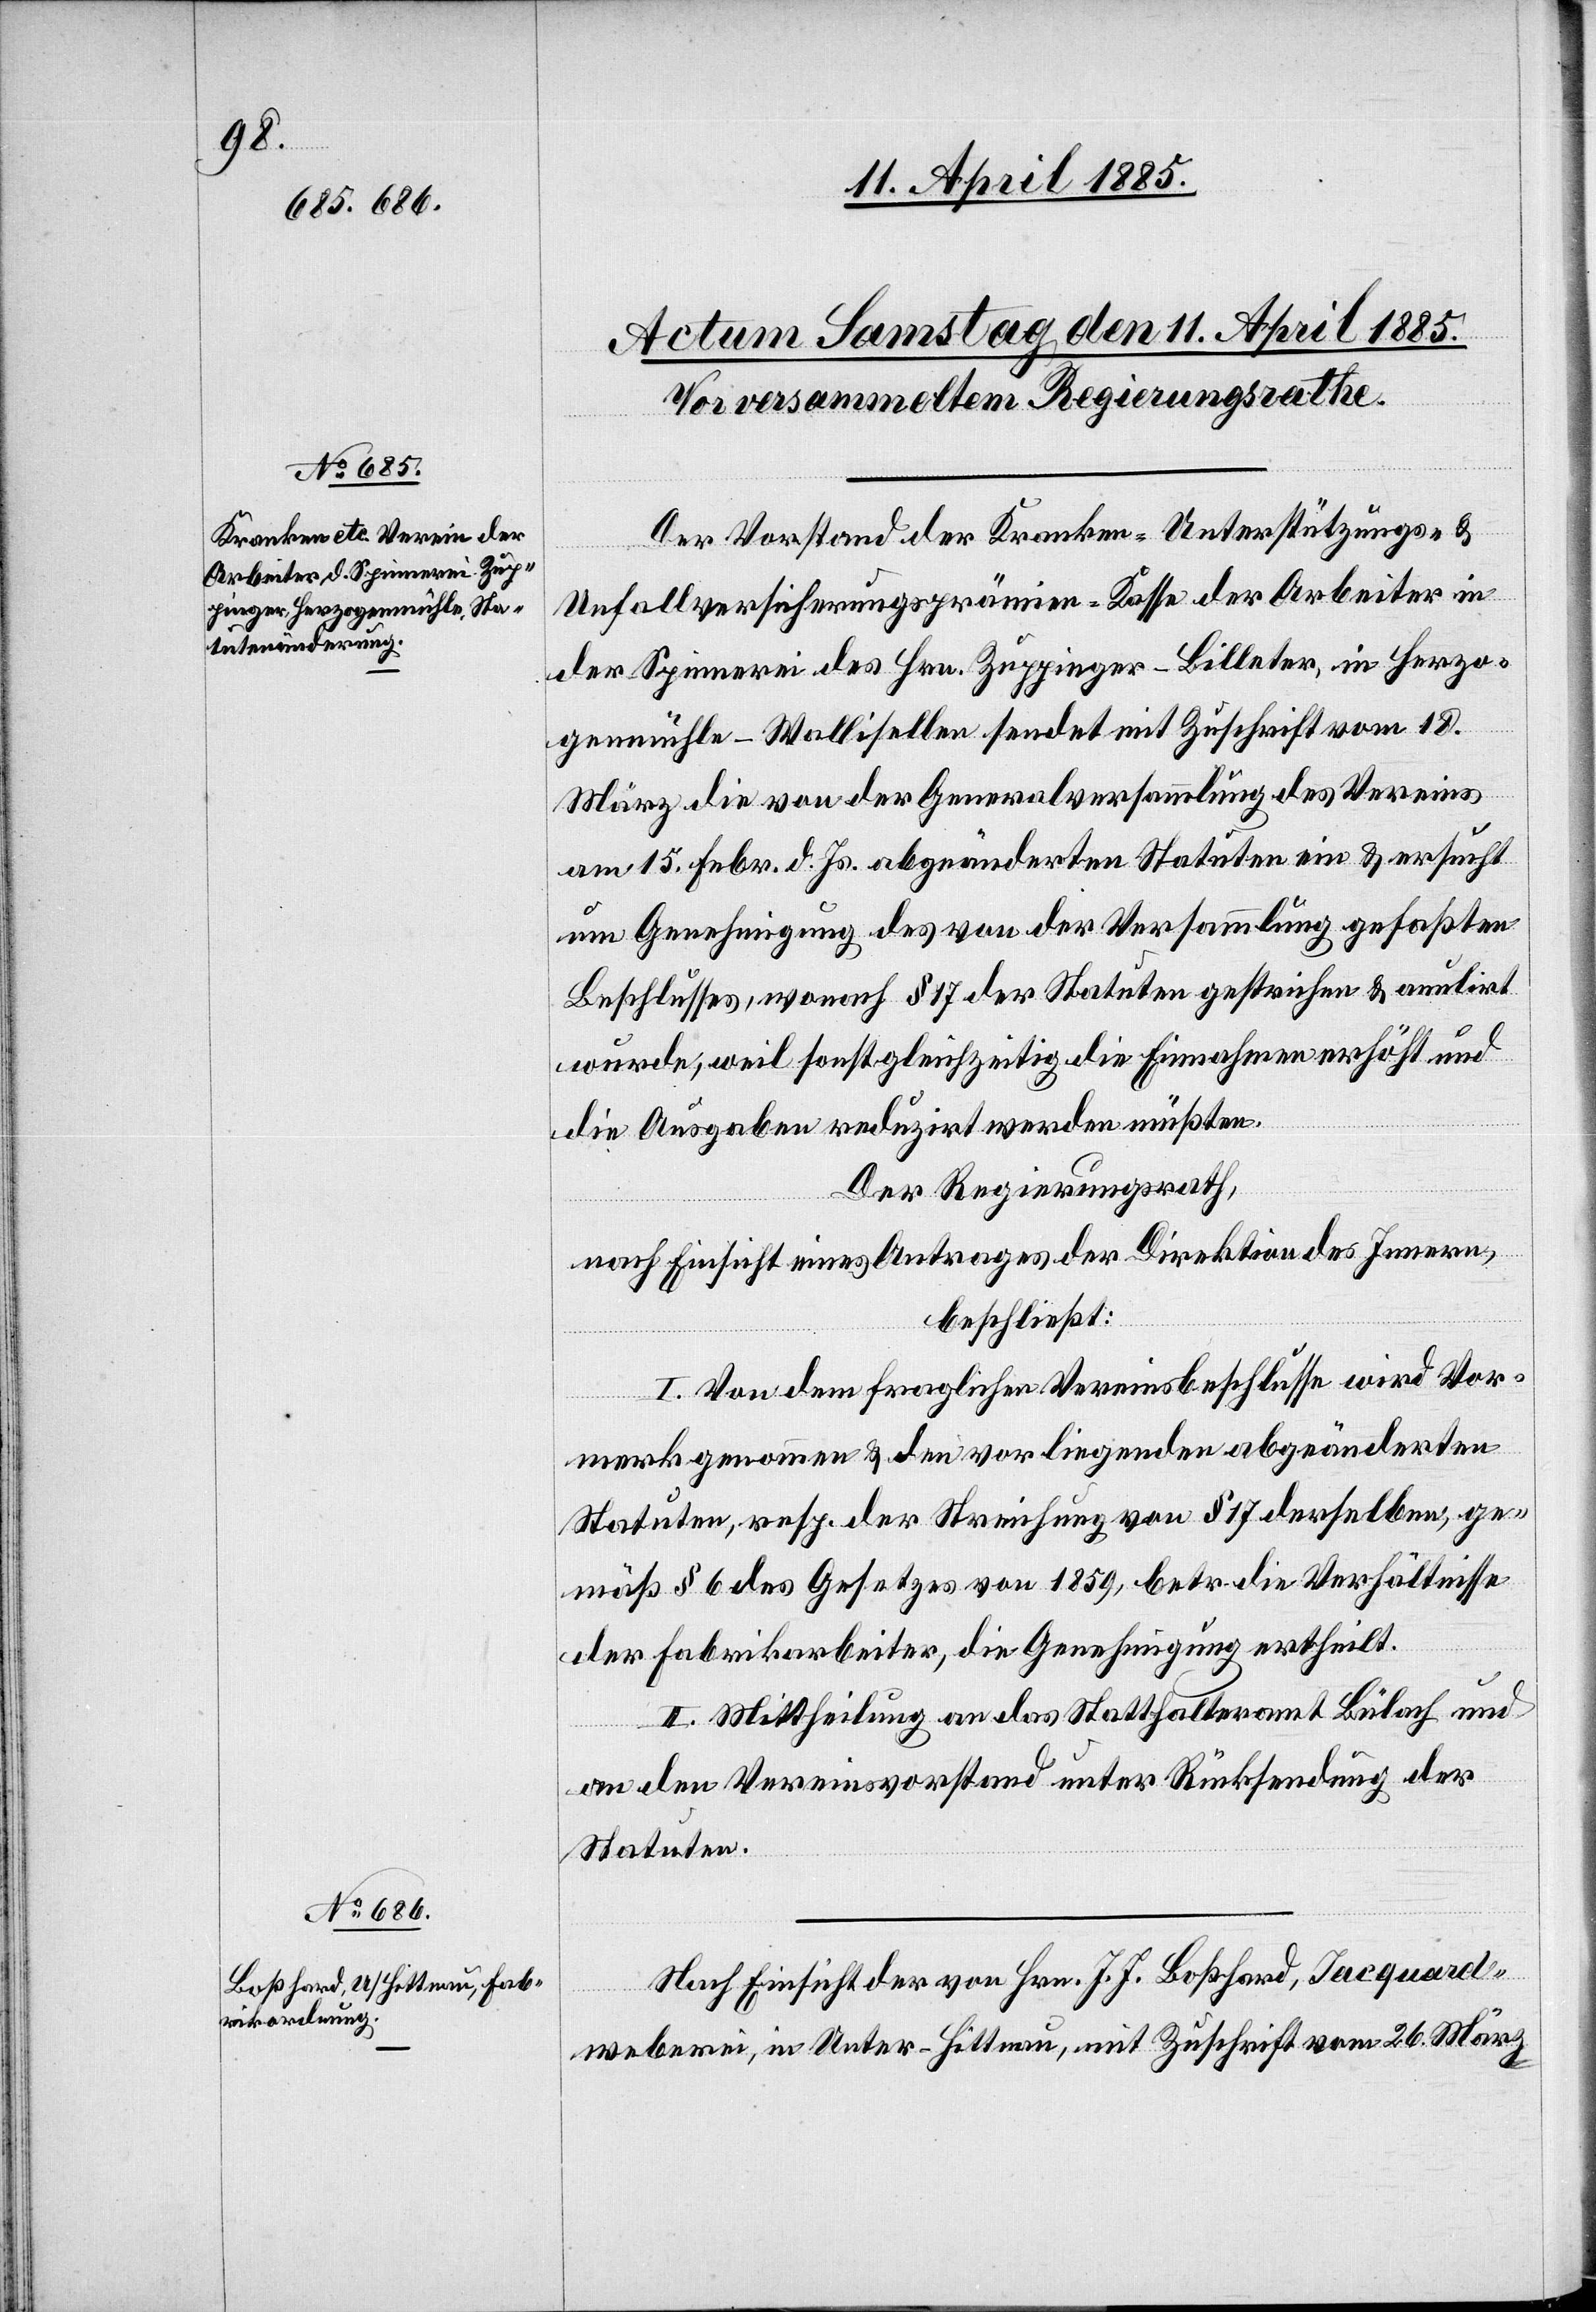
Der Vorstand der Kranken-Unterstützungs- &
Unfallversicherungsprämien-Kasse der Arbeiter in
der Spinnerei des Hrn. Zuppinger-Billeter, in Herzo¬
genmühle - Wallisellen sendet mit Zuschrift vom 18.
März die von der Generalsversammlung des Vereins
am 15. Febr. d. Js. abgeänderten Statuten ein & ersucht
um Genehmigung des von der Versammlung gefaßten
Beschlusses, wonach § 17 der Statuten gestrichen & annulirt
wurde, weil sonst gleichzeitig die Einnahmen erhöht und
die Ausgaben reduzirt werden müßten.
Der Regierungsrath,
nach Einsicht eines Antrages der Direktion des Innern,
beschließt:
I. Von dem fraglichen Vereinsbeschlusse wird Vor¬
merk genommen & den vorliegenden abgeänderten
Statuten, resp. der Streichung von § 17 derselben, ge¬
mäß § 6 des Gesetzes von 1859, betr. die Verhältnisse
der Fabrikarbeiter, die Genehmigung ertheilt.
II. Mittheilung an das Statthalteramt Bülach und
an den Vereinsvorstand unter Rücksendung der
Statuten.
Nach Einsicht der von Hrn. J. J. Boßhard, Jacquard¬
weberei, in Unter-Hittnau, mit Zuschrift vom 26. März